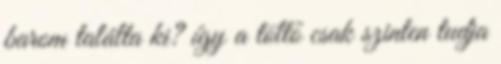
barom találta ki? így a töltő csak szinten tudja